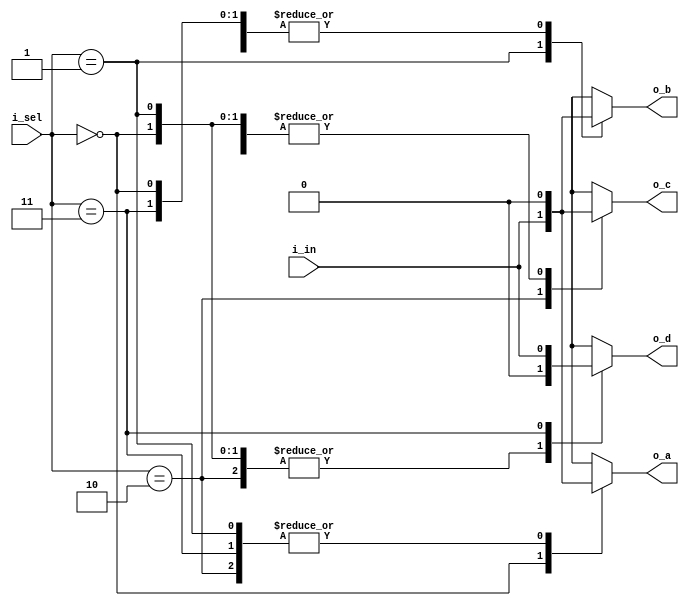
`timescale 1ns / 1ps
//////////////////////////////////////////////////////////////////////////////////
// Company: 
// Engineer: 
// 
// Design Name: 
// Module Name:    demux_1_to_4 
// Project Name: 
// Target Devices: 
// Tool versions: 
// Description: 
//
// Dependencies: 
//
// Revision: 
// Revision 0.01 - File Created
// Additional Comments: 
//
//////////////////////////////////////////////////////////////////////////////////
module demux_1_to_4(							// 1 to 4 demux w/ enable
    input [1:0] i_sel,
	 input i_in,
    output reg o_a,
    output reg o_b,
    output reg o_c,
    output reg o_d
    );

	 always @(*) begin
		o_a = 1'b0;
		o_b = 1'b0;
		o_c = 1'b0;
		o_d = 1'b0;
		case (i_sel)
			2'b00	:	o_a = i_in;
			2'b01	:	o_b = i_in;
			2'b10	:	o_c = i_in;
			2'b11	:	o_d = i_in;
		endcase
	 end
	 
endmodule